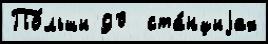
По́льши 90  ста́нциjах